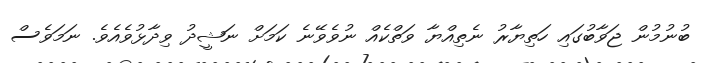
ބުނުމުން ޖަވާބުގައި ހަތިޔާރު ނެތިއްޔާ ވަތްކެއް ނުވެވޭނެ ކަމަށް ނަޝީދު ވިދާޅުވެއެވެ. ނަމަވެސް